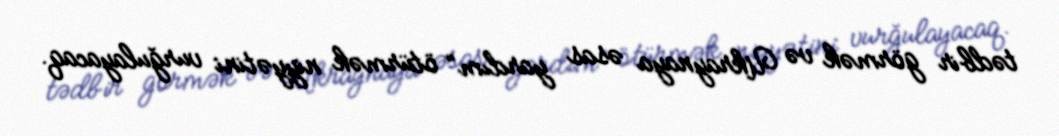
tədbir görmək və Ukraynaya əsas yardım” ötürmək niyyətini vurğulayacaq.